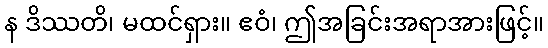
န ဒိဿတိ၊ မထင်ရှား။ ဧဝံ၊ ဤအခြင်းအရာအားဖြင့်။